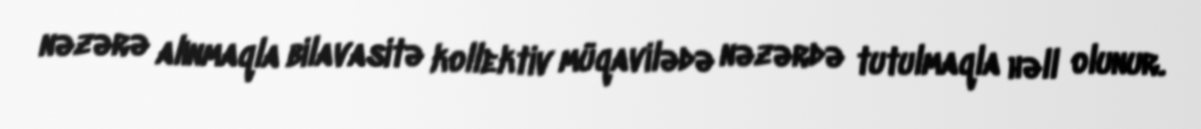
nəzərə alınmaqla bilavasitə kollektiv müqavilədə nəzərdə tutulmaqla həll olunur.